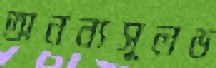
অনন্যসুলভ